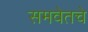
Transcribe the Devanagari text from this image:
समवेतचे